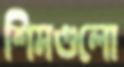
শিমগুলো